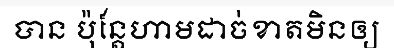
បាន ប៉ុន្តែហាមដាច់ខាតមិនឲ្យ